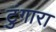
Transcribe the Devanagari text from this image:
टुंगारा